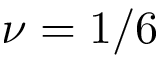
\nu = 1 / 6